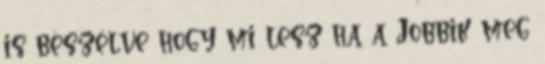
is beszélve hogy mi lesz ha a Jobbik meg